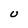
Character: U